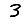
Digit: 3